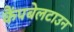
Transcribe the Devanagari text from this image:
कैंपबेलटाउन